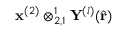
\mathbf { x } ^ { ( 2 ) } \otimes _ { 2 , 1 } ^ { 1 } \mathbf { Y } ^ { ( l ) } ( \hat { \mathbf { r } } )